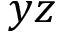
y z